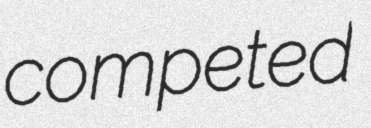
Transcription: competed